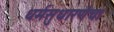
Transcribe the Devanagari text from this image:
धर्मसुधारणेचा